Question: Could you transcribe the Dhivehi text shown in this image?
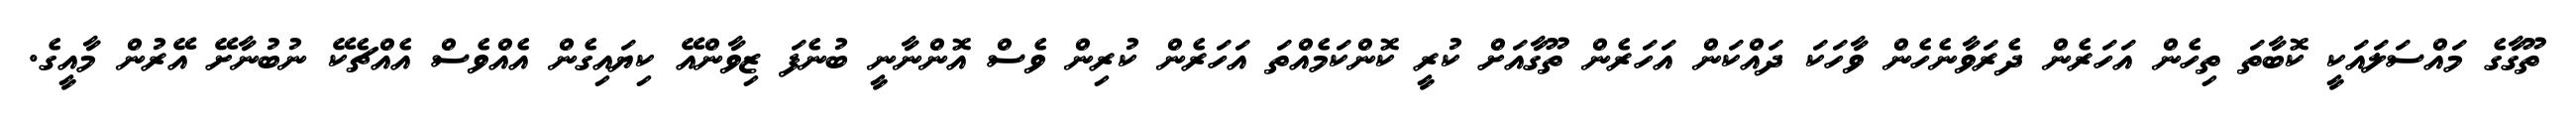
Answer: ތޫގާގެ މައްސަލައަކީ ކޮބާތަ ތިހެން އަހަރެން ދެރަވާނެހެން ވާހަކަ ދައްކަން އަހަރެން ތޫގާއަށް ކުރީ ކޮންކަމެއްތަ އަހަރެން ކުރިން ވެސް އޮންނާނީ ބުނެފަ ޒިވާންއޭ ކިޔައިގެން އެއްވެސް އެއްޗެކޭ ނުބުނާށޭ އޭރުން މާއީގެ.